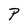
Character: P